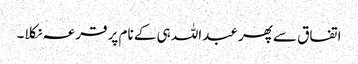
اتفاق سے پھر عبداللہ ہی کے نام پر قرعہ نکلا۔